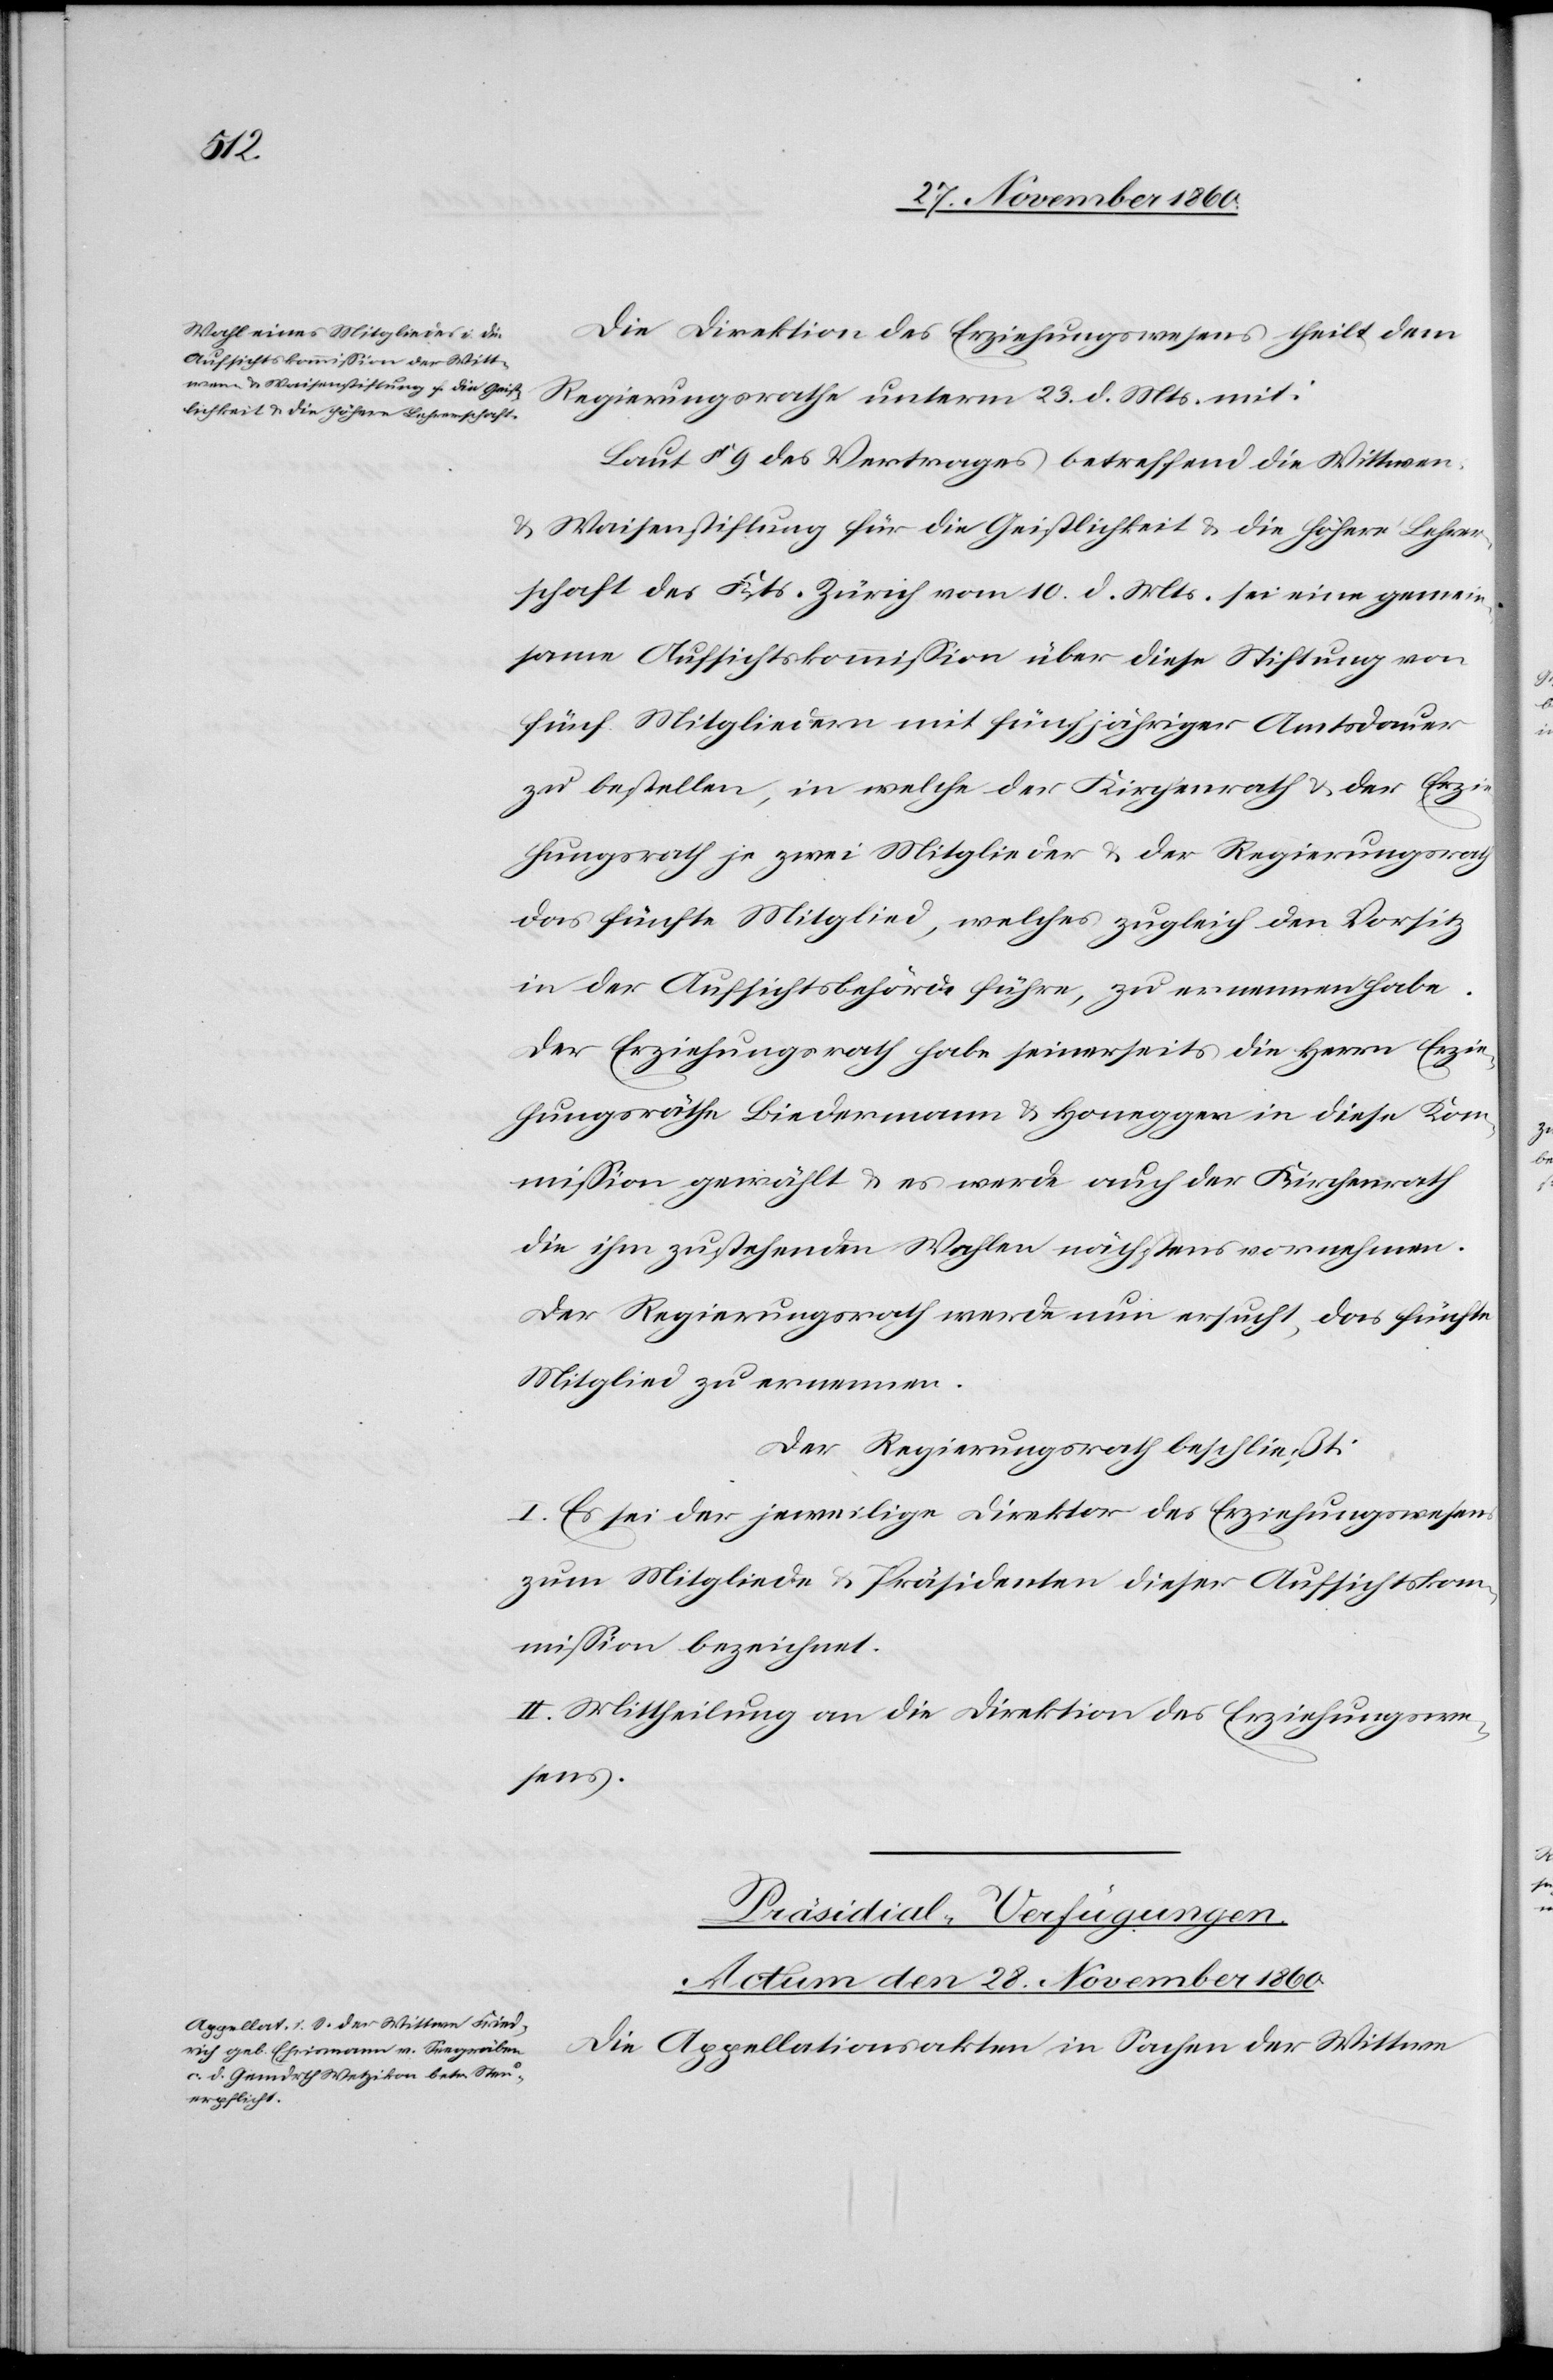
Die Direktion des Erziehungswesens theilt dem
Regierungsrathe unterm 23. d. Mts. mit:
Laut § 9 des Vertrages betreffend die Wittwen
u. Waisenstiftung für die Geistlichkeit u. die höhere Lehrer¬
schaft des Kts. Zürich vom 10. d. Mts. sei eine gemein¬
same Aufsichtskommission über diese Stiftung von
fünf Mitgliedern mit fünfjähriger Amtsdauer
zu bestellen, in welche der Kirchenrath u. der Erzie¬
hungsrath je zwei Mitglieder u. der Regierungsrath
das fünfte Mitglied, welches zugleich den Vorsitz
in der Aufsichtsbehörde führe, zu ernennen habe.
Der Erziehungsrath habe seinerseits die Herrn Erzie¬
hungsräthe Biedermann u. Honegger in diese Kom¬
mission gewählt u. es werde auch der Kirchenrath
die ihm zustehenden Wahlen nächstens vornehmen.
Der Regierungsrath werde nun ersucht, das fünfte
Mitglied zu ernennen.
Der Regierungsrath beschließt:
I. Es sei der jeweilige Direktor des Erziehungswesens
zum Mitgliede u. Präsidenten dieser Aufsichtskom¬
mission bezeichnet.
II. Mittheilung an die Direktion des Erziehungswe¬
sens.
Präsidial-Verfügungen.
Actum den 28. November 1860.
Die Appellationsakten in Sachen der Wittwe